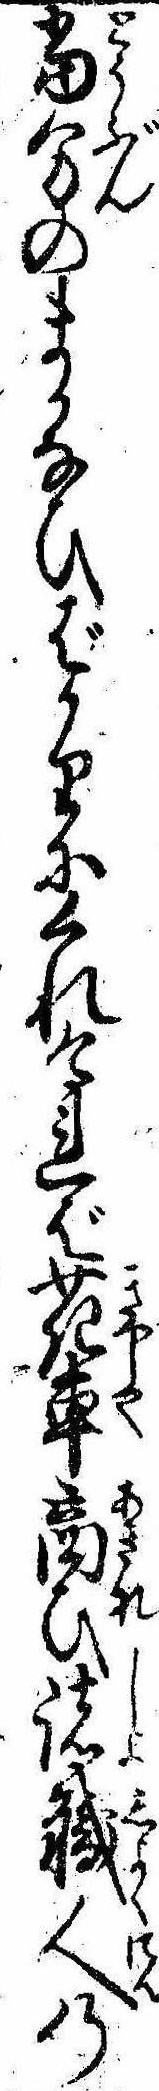
当分のまかなひばかりにくれければ花車商ひ諸職人の